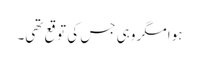
ہوا مگر وہی جس کی توقع تھی۔